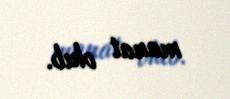
manat olub.